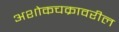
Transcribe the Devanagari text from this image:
अशोकचक्रावरील